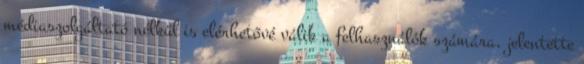
médiaszolgáltató nélkül is elérhetővé válik a felhasználók számára, jelentette